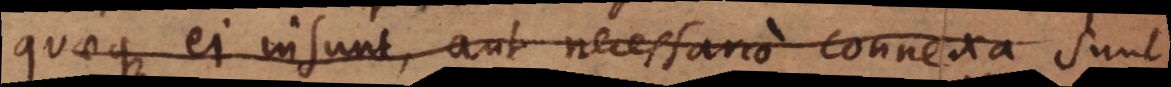
quaeque ei insunt, aut necessario connexa sunt